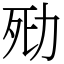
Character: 㱝